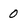
Character: 0